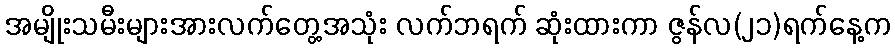
အမျိုးသမီးများအားလက်တွေ့အသုံး လက်ဘရက် ဆုံးထားကာ ဇွန်လ(၂၁)ရက်နေ့က